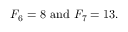
F _ { 6 } = 8 { \mathrm { ~ a n d ~ } } F _ { 7 } = 1 3 .